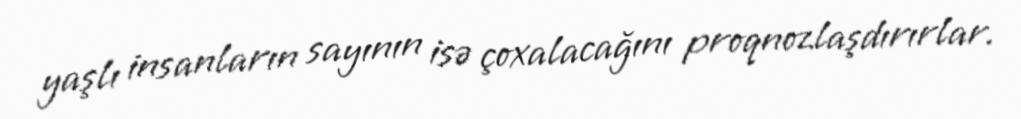
yaşlı insanların sayının isə çoxalacağını proqnozlaşdırırlar.